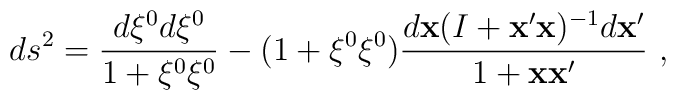
ds^2=\frac{d\xi^0d\xi^0}{1+\xi^0\xi^0}-(1+\xi^0\xi^0)       \frac{d{\bf x}(I+{\bf x}'{\bf x})^{-1}d{\bf x}'}{1+{\bf x}{\bf x}'}~,